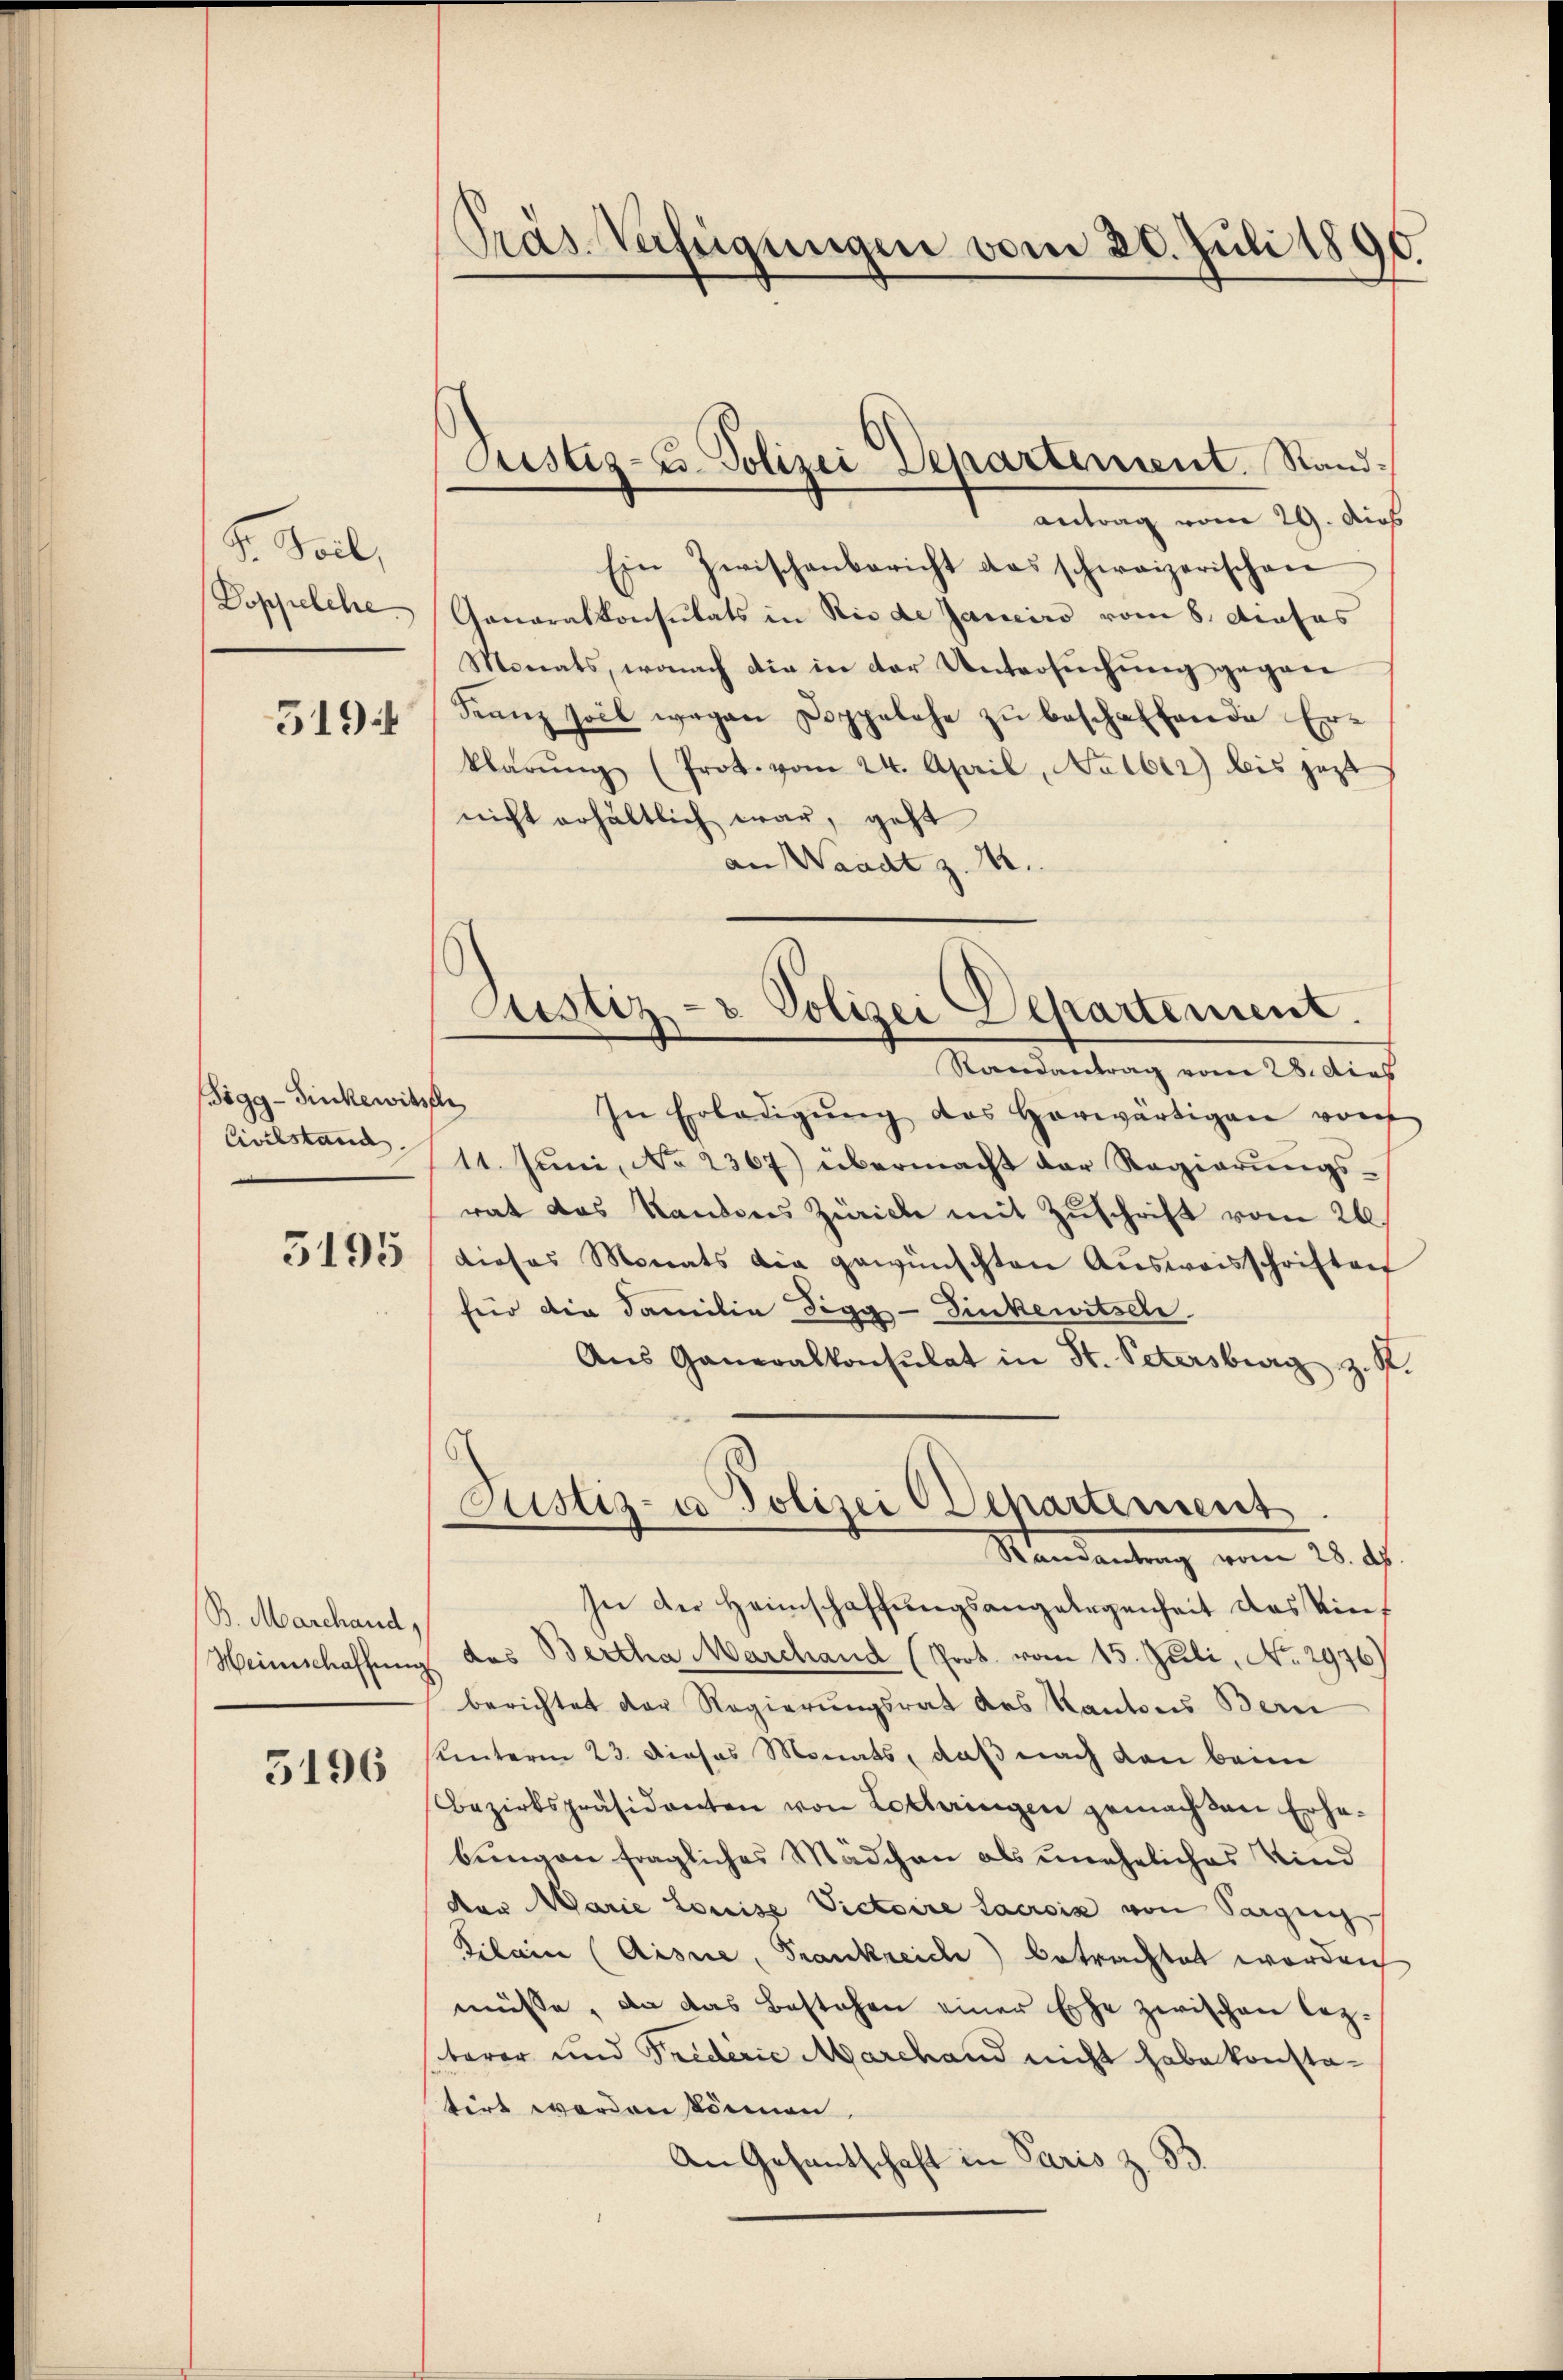
S. Teil,
Doppelche

519.

Figg-Finkewitzer
Civilstand.

5195

B. Marchaud,

5196

.
präs. Verfügungen vom 20. Juli 1890

antrag vom 29. dies
Ein Zwischenbericht das schweizerischen
Ganaralkonsulats in Riede Janeiro vom 8. Apofas
Monats, wonach die in der Untersuchung gegen
Franz soll wegen Doppelehe zu beschaffende Erklärŭng (Prot. vom 24. April, Notber) bis jetzt
nicht erhältlich war, geht
an Waadt z. 1.
Randantrag vom 28. dies
In Erledigŭng des Horwärtigen vorh
11. Juni, No 2367) übermacht der Regierungsrat das Sandons Zürich mit Zuschrift vom 26.
dieses Monats die gewünschten Aŭsweisschriften
für die Familie Sigg-Sinkenitsel.
Ans Generalkonsulat in St. Petersburg z. R.
Justiz- u Polizei Departement
Mandantung vom 25. ds.
In der Heimschaffungsangelegenheit das Tief
Weinschaffung des Bertha Marchand (Prot. vom 15. Juli, No. 2976)
berichtet der Regierungsrat des Kantons Bern
hunterm 23. Dieses Monats, daß nach den beim
Bezirkspräsidenten von Lotteringen gemachten Erhebungen fragliches Mädchen als uneheliches Kind
der Marie Louise Victoire Lacroix von Sorgen
Filain (Aisne, Frankreich) betrachtet worden
müsse, da das Bestehen einer Ehe zwischen lezterer und Triderie Marchand nicht habe konsta-
tirt werden können.
An Gesantschaft in Paris z. B.

Justiz- u. Polizei Departement. Stand¬

Justiz- & Polizei Departement.